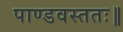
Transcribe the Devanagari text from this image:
पाण्डवस्ततः॥